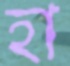
হা